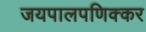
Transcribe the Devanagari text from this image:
जयपालपणिक्कर